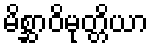
မိစ္ဆာဝိမုတ္တိယာ